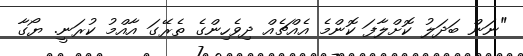
"ނަން ބަދަލު ކޮށްލާފަ ކޮންމެ އެއްޗެއް ދިވެހިންގެ ތެރޭގަ އާއްމު ކުރަނީ. ޔޯގާ